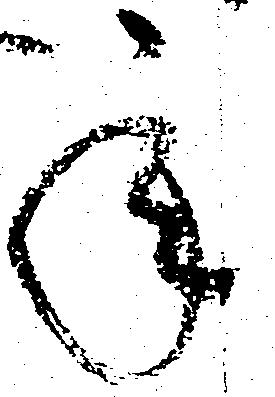
承